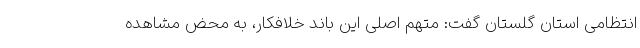
انتظامی استان گلستان گفت: متهم اصلی این باند خلافکار، به محض مشاهده